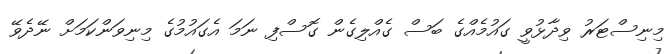
މިނިސްޓަރު ވިދާޅުވީ ގައުމެއްގެ ބަސް ގެއްލިގެން ގޮސްފި ނަމަ އެގައުމުގެ މިނިވަންކަމަށް ނޭދެވޭ